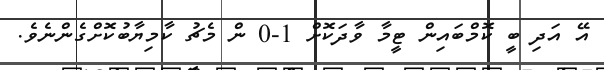
އޭ އަދި ބީ ކޮމްބައިން ޓީމާ ވާދަކޮށް 1-0 ން މެޗު ކާމިޔާބުކޮށްގެންނެވެ.